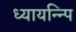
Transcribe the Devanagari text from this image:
ध्यायन्न्पि